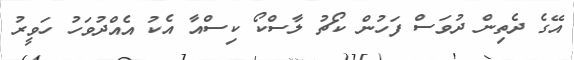
އޭގެ ދެތިން ދުވަސް ފަހުން ކޯޗު ލާސްކޯ ކިސްއާ އެކު އެއްދުވަހު ހަވީރު